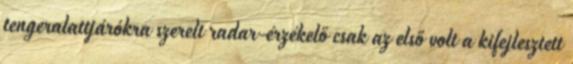
tengeralattjárókra szerelt radar-érzékelő csak az első volt a kifejlesztett